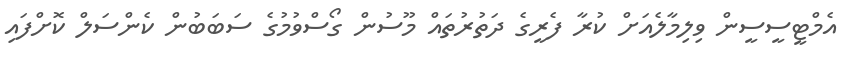
އެމްޓީސީސީން ވިލިމާލެއަށް ކުރާ ފެރީގެ ދަތުރުތައް މޫސުން ގޯސްވުމުގެ ސަބަބުން ކެންސަލް ކޮށްފައި